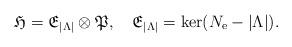
LaTeX: \begin{align*}\mathfrak{H}=\mathfrak{E}_{|\Lambda|}\otimes \mathfrak{P},\ \ \ \mathfrak{E}_{|\Lambda|}=\ker(N_{\mathrm{e}}-|\Lambda|).\end{align*}